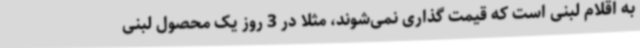
به اقلام لبنی است که قیمت گذاری نمی‌شوند، مثلا در 3 روز یک محصول لبنی